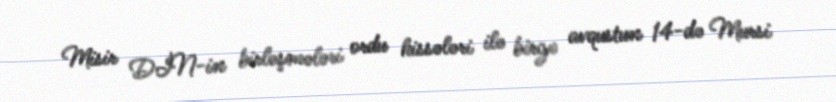
Misir DİN-in birləşmələri ordu hissələri ilə birgə avqustun 14-də Mursi